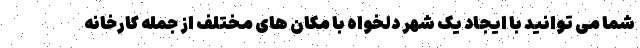
شما می توانید با ایجاد یک شهر دلخواه با مکان های مختلف از جمله کارخانه